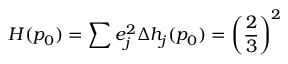
H ( p _ { 0 } ) = \sum e _ { j } ^ { 2 } \Delta h _ { j } ( p _ { 0 } ) = \left( \frac { 2 } { 3 } \right) ^ { 2 }